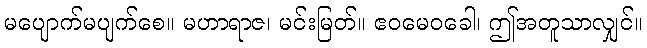
မပျောက်မပျက်စေ။ မဟာရာဇ၊ မင်းမြတ်။ ဧဝမေဝခေါ၊ ဤအတူသာလျှင်။